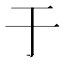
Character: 于